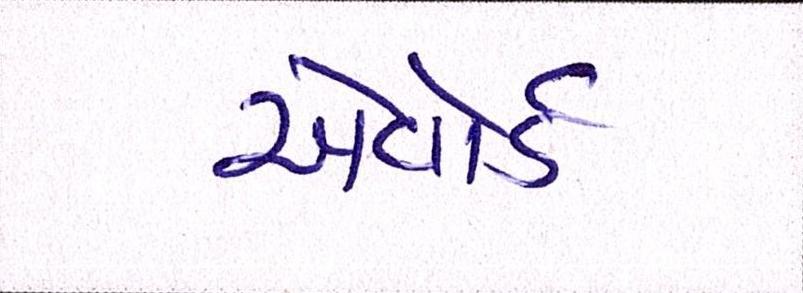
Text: એવૉર્ડ